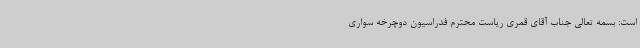
است: بسمه تعالی جناب آقای قمری ریاست محترم فدراسیون دوچرخه سواری